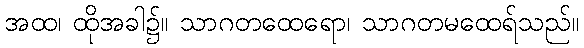
အထ၊ ထိုအခါ၌။ သာဂတထေရော၊ သာဂတမထေရ်သည်။